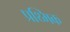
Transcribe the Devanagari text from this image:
प्रथ्मिक